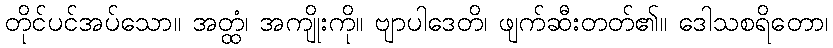
တိုင်ပင်အပ်သော။ အတ္ထံ၊ အကျိုးကို။ ဗျာပါဒေတိ၊ ဖျက်ဆီးတတ်၏။ ဒေါသစရိတော၊